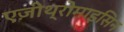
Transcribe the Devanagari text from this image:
एज़ीथ्रोमाइसिन